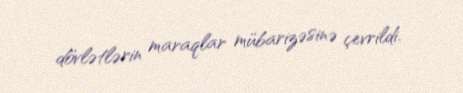
dövlətlərin maraqlar mübarizəsinə çevrildi.